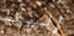
إلينا